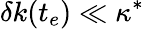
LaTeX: \delta k(t_{e})\ll\kappa^{*}